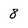
Character: 8